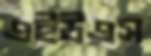
এইউএস